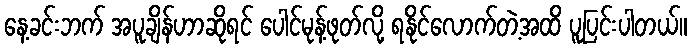
နေ့ခင်းဘက် အပူချိန်ဟာဆိုရင် ပေါင်မုန့်ဖုတ်လို့ ရနိုင်လောက်တဲ့အထိ ပူပြင်းပါတယ်။